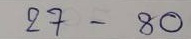
27 - 80